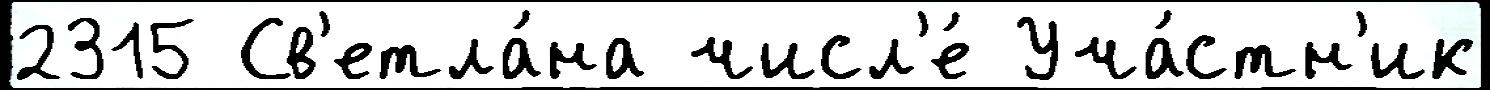
2315 Св'етла́на числ'е́ Уча́стн'ик